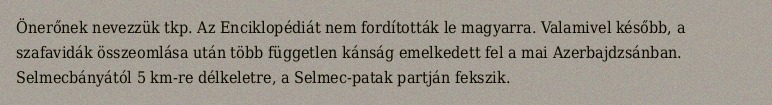
Önerőnek nevezzük tkp. Az Enciklopédiát nem fordították le magyarra. Valamivel később, a szafavidák összeomlása után több független kánság emelkedett fel a mai Azerbajdzsánban. Selmecbányától 5 km-re délkeletre, a Selmec-patak partján fekszik.